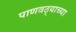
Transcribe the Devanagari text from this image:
पाणवठ्याच्‍या